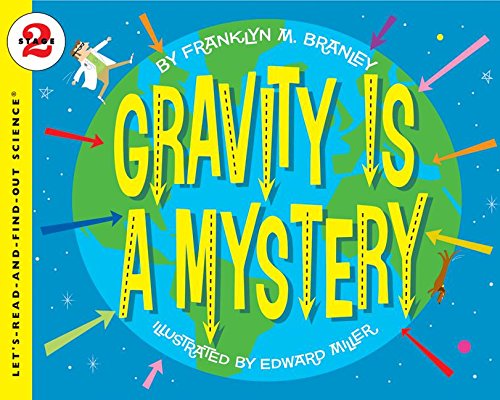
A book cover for Gravity Is a Mystery (Let's-Read-and-Find-Out Science 2); Franklyn M. Branley; Science & Math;